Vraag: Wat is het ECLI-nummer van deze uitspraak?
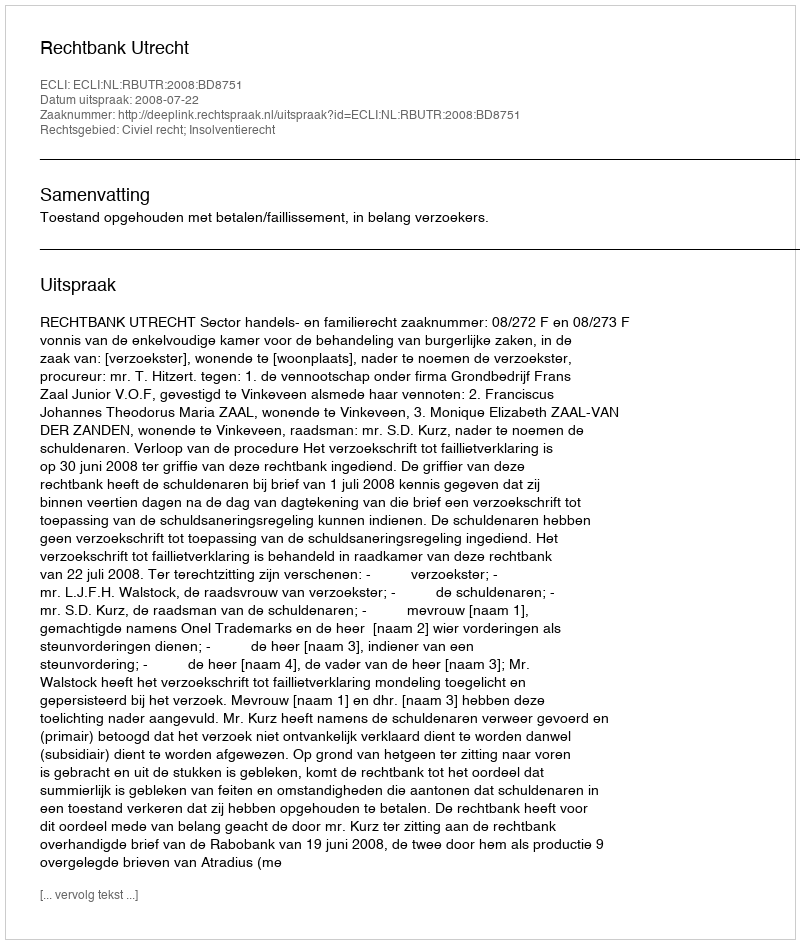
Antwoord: ECLI:NL:RBUTR:2008:BD8751